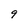
Character: 9